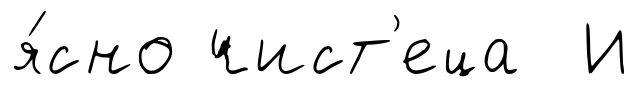
я́сно чист'еца И